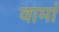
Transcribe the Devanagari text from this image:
वामां